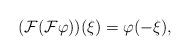
LaTeX: \begin{align*}(\mathcal{F}(\mathcal{F}\varphi))(\xi)=\varphi(-\xi), \end{align*}